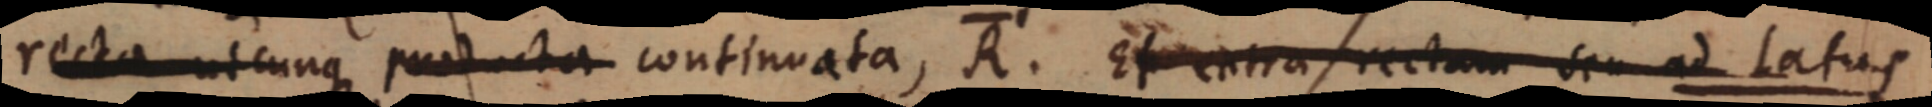
recta utcunque producta continuata, R. Et extra rectam seu ad Latus